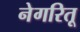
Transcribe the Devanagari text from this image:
नेगरितू